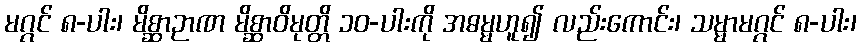
မဂ္ဂင် ၈-ပါး၊ မိစ္ဆာဉာဏ မိစ္ဆာဝိမုတ္တိ ၁၀-ပါးကို အဓမ္မဟူ၍ လည်းကောင်း၊ သမ္မာမဂ္ဂင် ၈-ပါး၊